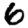
Digit: 6